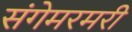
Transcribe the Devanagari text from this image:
संगेमरमरी